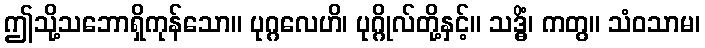
ဤသို့သဘောရှိကုန်သော။ ပုဂ္ဂလေဟိ၊ ပုဂ္ဂိုလ်တို့နှင့်။ သဒ္ဓိံ၊ ကတွ။ သံဝသာမ၊